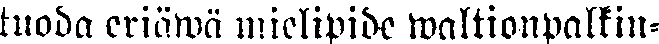
tuoda eriäwä mielipide waltionpalkin-